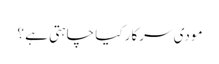
مودی سرکار کیا چاہتی ہے ؟